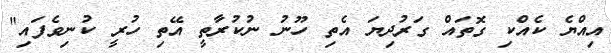
އިއްޔެ ކެއްކި ގޮތައް ގަރުދިޔަ އެތި ހޫނު ނުކުރާތީ އޭތި ހުރީ ކުނިވެފައި"